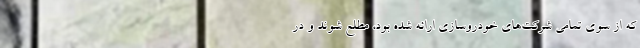
که از سوی تمامی شرکت‌های خودروسازی ارائه‌ شده بود، مطلع شوند و در